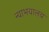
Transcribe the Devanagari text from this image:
न्याभयालय